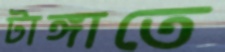
টাঙ্গাতে